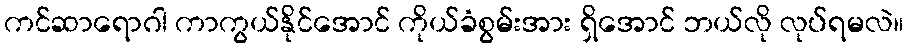
ကင်ဆာရောဂါ ကာကွယ်နိုင်အောင် ကိုယ်ခံစွမ်းအား ရှိအောင် ဘယ်လို လုပ်ရမလဲ။